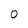
Character: 0